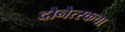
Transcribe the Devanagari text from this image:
दोनेत्स्कचा